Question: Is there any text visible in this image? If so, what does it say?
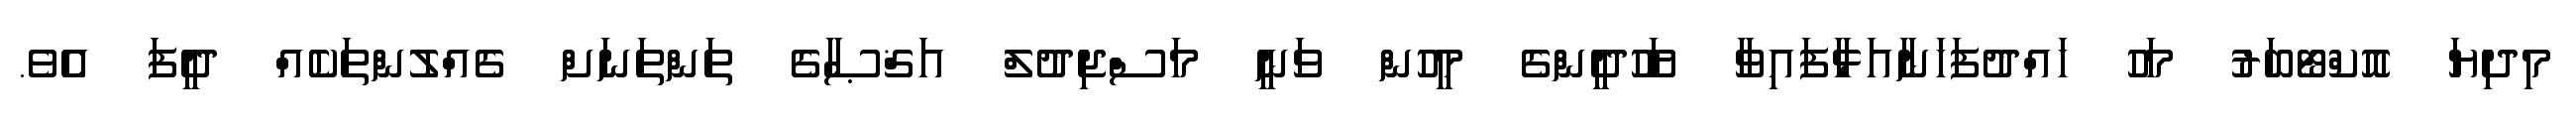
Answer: މިދިޔަ އޮކްޓޯބަރު މަހު ހައްދުފަހަނާއަޅާފައިވާ ޔަހޫދީންގެ މީހުން ވަނީ މަސްޖިދުލް އަޤްޞާގެ ތަންތަނަށް ގެއްލުންތަކެއް ދީފަ އެވެ.